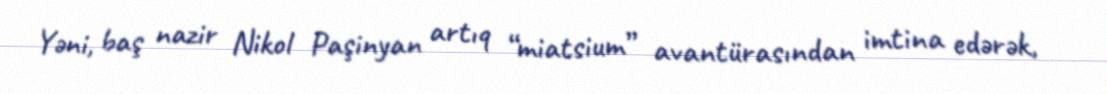
Yəni, baş nazir Nikol Paşinyan artıq “miatsium” avantürasından imtina edərək,